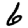
Digit: 6